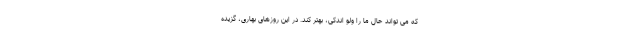
که می تواند حال ما را ولو اندکی، بهتر کند. در این روزهای بهاری، گزیده